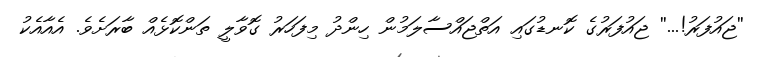
''ޖައުފަރު!...'' ޖައުފަރުގެ ކޮނޑުގައި އަތްޖައްސާލަމުން ހިންދު މިފަހަރު ގޮވާލީ ތަންކޮޅެއް ބާރަށެވެ. އެއާއެކު